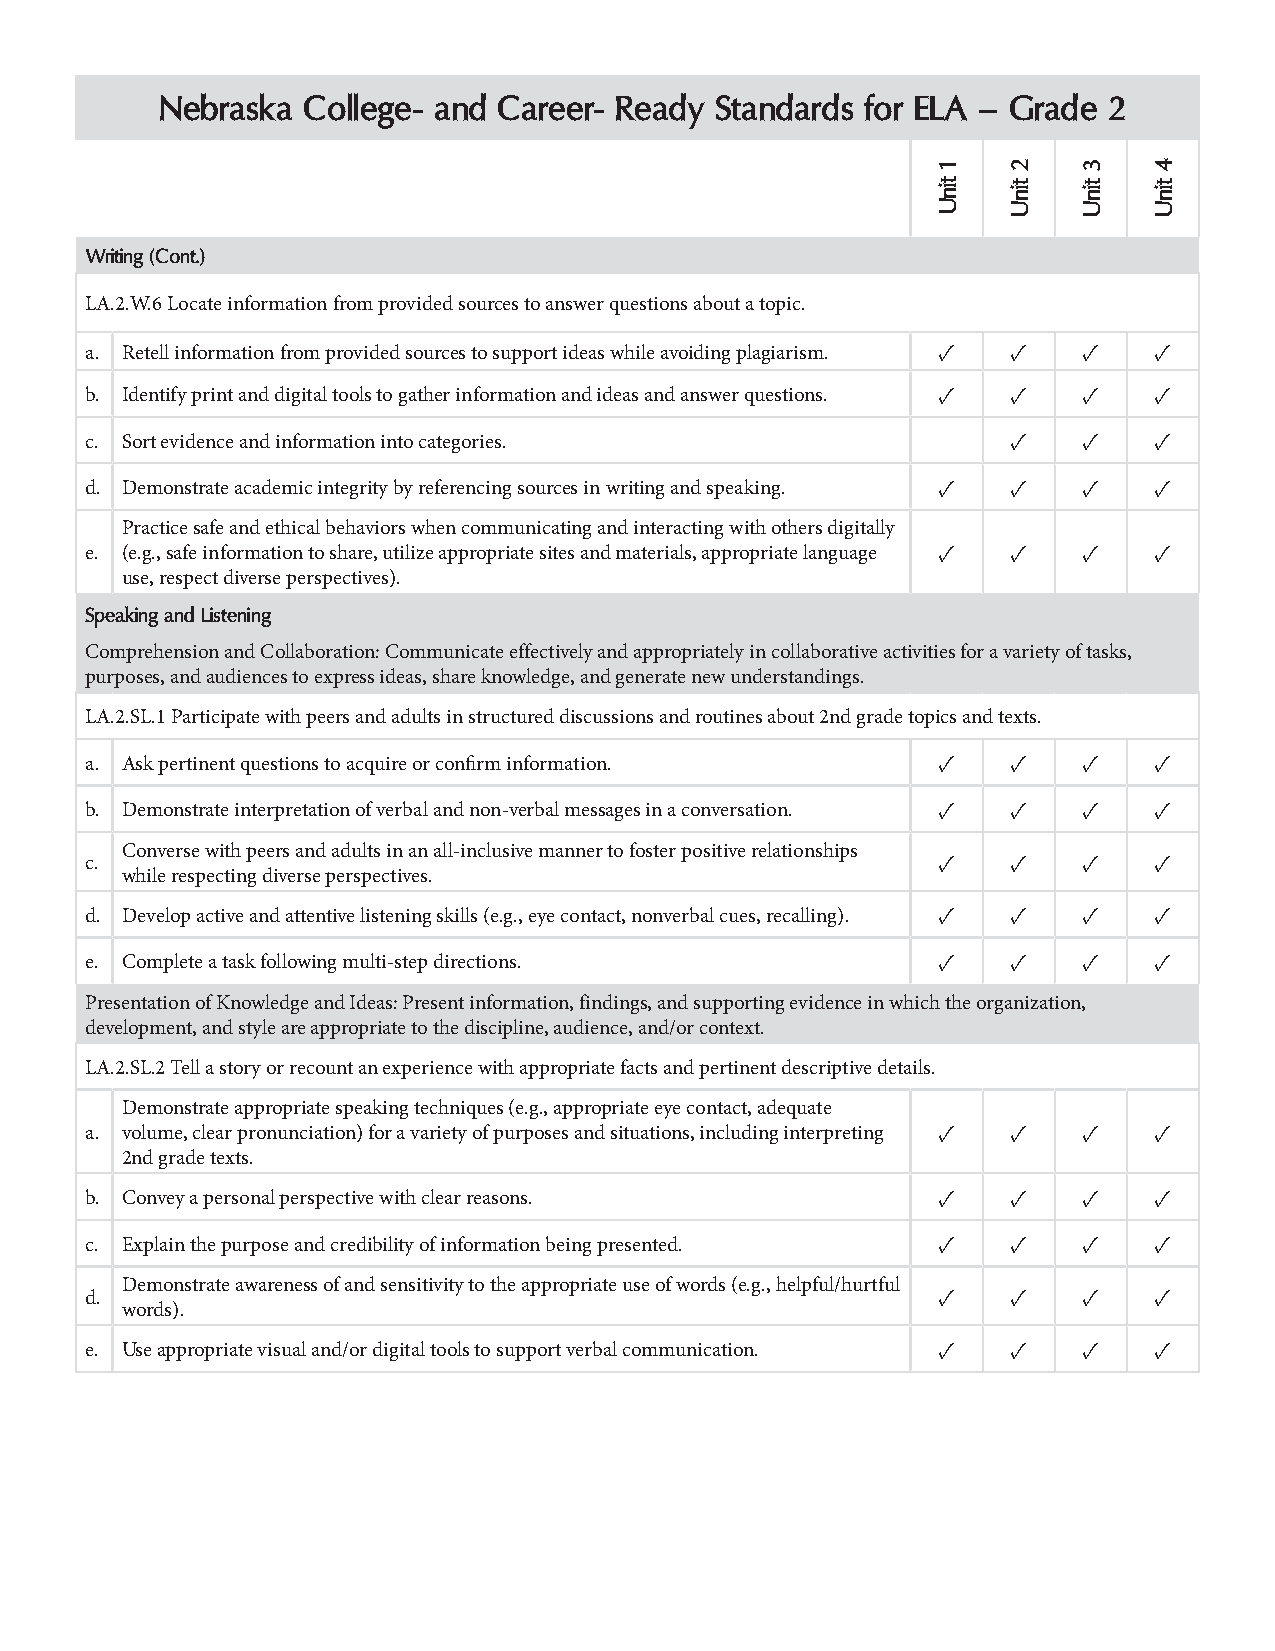
Nebraska  College- and Career- Ready Standards for ELA – Grade 2
 Writing (Cont.)
 LA.2.W.6 Locate information from provided sources to answer questions about a topic.
 a. Retell information from provided sources to support ideas while avoiding plagiarism. ✓ ✓ ✓ ✓
 b. Identify print and digital tools to gather information and ideas and answer questions. ✓ ✓ ✓ ✓
 c. Sort evidence and information into categories.            ✓    ✓   ✓
 d. Demonstrate academic integrity by referencing sources in writing and speaking. ✓ ✓ ✓ ✓
 Practice safe and ethical behaviors when communicating and interacting with others digitally
 e. (e.g., safe information to share, utilize appropriate sites and materials, appropriate language ✓ ✓ ✓ ✓
 use, respect diverse perspectives).
 Speaking and Listening
 Comprehension and Collaboration: Communicate effectively and appropriately in collaborative activities for a variety of tasks,
 purposes, and audiences to express ideas, share knowledge, and generate new understandings.
 LA.2.SL.1 Participate with peers and adults in structured discussions and routines about 2nd grade topics and texts.
 a. Ask pertinent questions to acquire or confirm information. ✓ ✓ ✓   ✓
 b. Demonstrate interpretation of verbal and non-verbal messages in a conversation. ✓ ✓ ✓ ✓
 Converse with peers and adults in an all-inclusive manner to foster positive relationships
 c.                                                      ✓    ✓    ✓   ✓
 while respecting diverse perspectives.
 d. Develop active and attentive listening skills (e.g., eye contact, nonverbal cues, recalling). ✓ ✓ ✓ ✓
 e. Complete a task following multi-step directions.     ✓    ✓    ✓   ✓
 Presentation of Knowledge and Ideas: Present information, findings, and supporting evidence in which the organization,
 development, and style are appropriate to the discipline, audience, and/or context.
 LA.2.SL.2 Tell a story or recount an experience with appropriate facts and pertinent descriptive details.
 Demonstrate appropriate speaking techniques (e.g., appropriate eye contact, adequate
 a. volume, clear pronunciation) for a variety of purposes and situations, including interpreting ✓ ✓ ✓ ✓
 2nd grade texts.
 b. Convey a personal perspective with clear reasons.    ✓    ✓    ✓   ✓
 c. Explain the purpose and credibility of information being presented. ✓ ✓ ✓ ✓
 Demonstrate awareness of and sensitivity to the appropriate use of words (e.g., helpful/hurtful
 d.                                                      ✓    ✓    ✓   ✓
 words).
 e. Use appropriate visual and/or digital tools to support verbal communication. ✓ ✓ ✓ ✓
 1
 tinU
 2
 tinU
 3
 tinU
 4
 tinU